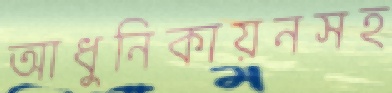
আধুনিকায়নসহ